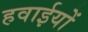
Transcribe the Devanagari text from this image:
हवाईयों